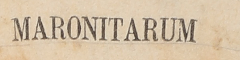
MARONITARUM